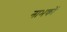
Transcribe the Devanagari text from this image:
नाभकों